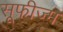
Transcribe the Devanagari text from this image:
सूफीज्म